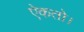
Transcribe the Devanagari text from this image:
ऐकतो।